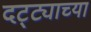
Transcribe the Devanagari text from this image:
दट्ट्याच्या